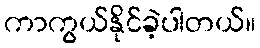
ကာကွယ်နိုင်ခဲ့ပါတယ်။